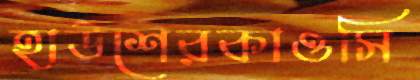
হাউশেরকাওসি